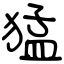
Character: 猛